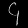
Digit: ၄